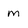
Character: m